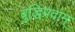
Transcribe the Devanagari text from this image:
बुद्धिप्रदाम्